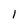
Character: 1